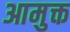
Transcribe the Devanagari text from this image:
आमुक्त